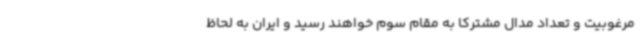
مرغوبیت و تعداد مدال مشترکا به مقام سوم خواهند رسید و ایران به لحاظ